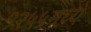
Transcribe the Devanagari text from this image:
१२५५मध्ये